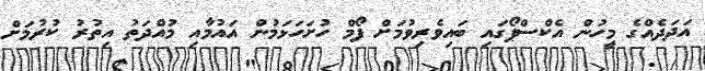
އަދަދެއްގެ މީހުން އެކްސްޕޯގައި ބައިވެރިވުމަށް ފޯމް ހުށަހަޅަމުން އައުމާއި މުއްދަތު އިތުރު ކުރުމަށް